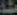
مطلة